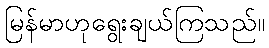
မြန်မာဟုရွေးချယ်ကြသည်။